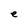
Character: e